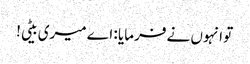
تو انہوں نے فرمایا : اے میری بیٹی!